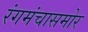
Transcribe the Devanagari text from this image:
रंगमंचासमोर